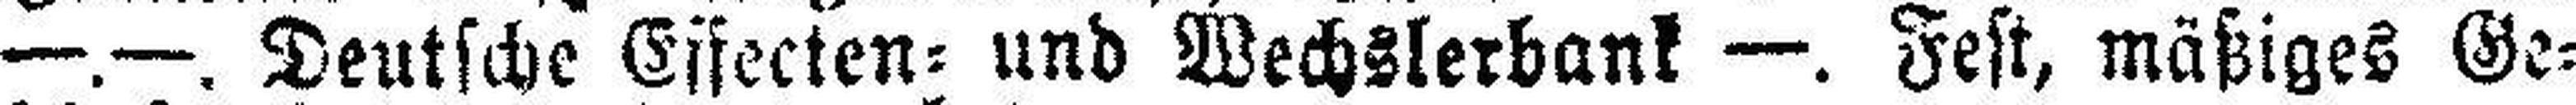
—.—. Deutsche Effecten= und Wechslerbank —. Fest, mäßiges Ge¬